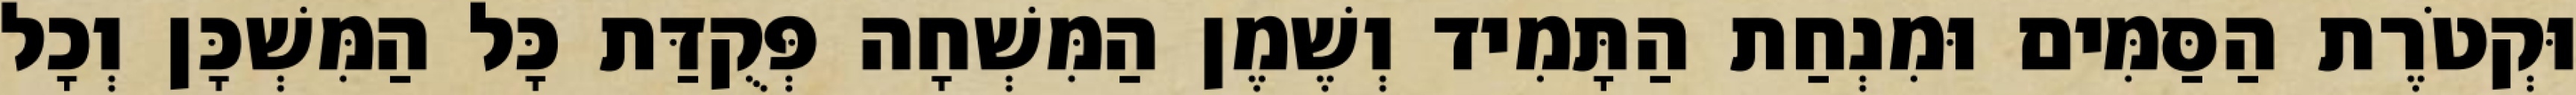
וּקְטֹרֶת הַסַּמִּים וּמִנְחַת הַתָּמִיד וְשֶׁמֶן הַמִּשְׁחָה פְּקֻדַּת כָּל הַמִּשְׁכָּן וְכָל